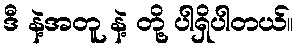
ဒီ နဲ့အတူ နဲ့ တို့ ပါရှိပါတယ်။